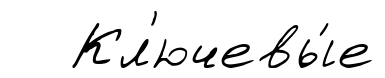
Кл'ючевы́е